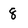
Character: 8